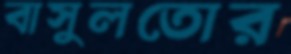
বাসুলতোর